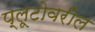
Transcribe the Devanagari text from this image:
प्लूटोवरील